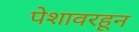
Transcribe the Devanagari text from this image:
पेशावरहून